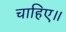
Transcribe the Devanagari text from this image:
चाहिए॥